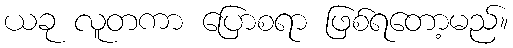
ယခု လူတကာ ပြောစရာ ဖြစ်ရတော့မည်။